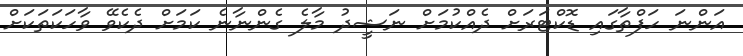
އަންނަ ހަފްތާގައި ޑޮކްޓަރަށް ދެއްކުމަށް ނަޝީދު މާލެ ގެންނާނެ ކަމަށް ދެކެވޭ ވާހަކަތަކަށް